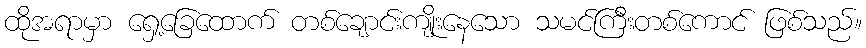
ထိုအရာမှာ ရှေ့ခြေထောက် တစ်ချောင်းကျိုးနေသော သမင်ကြီးတစ်ကောင် ဖြစ်သည်။